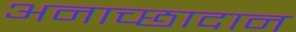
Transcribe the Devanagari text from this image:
अनाच्छादान